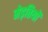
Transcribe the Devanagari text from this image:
मेड़तियों